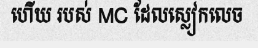
ហើយ របស់ MC ដែលស្លៀកលេច